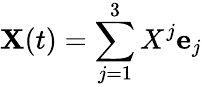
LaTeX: \mathbf{X}(t)=\sum_{j=1}^{3}X^{j}\mathbf{e}_{j}